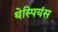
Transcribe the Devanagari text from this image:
थेस्पियंस